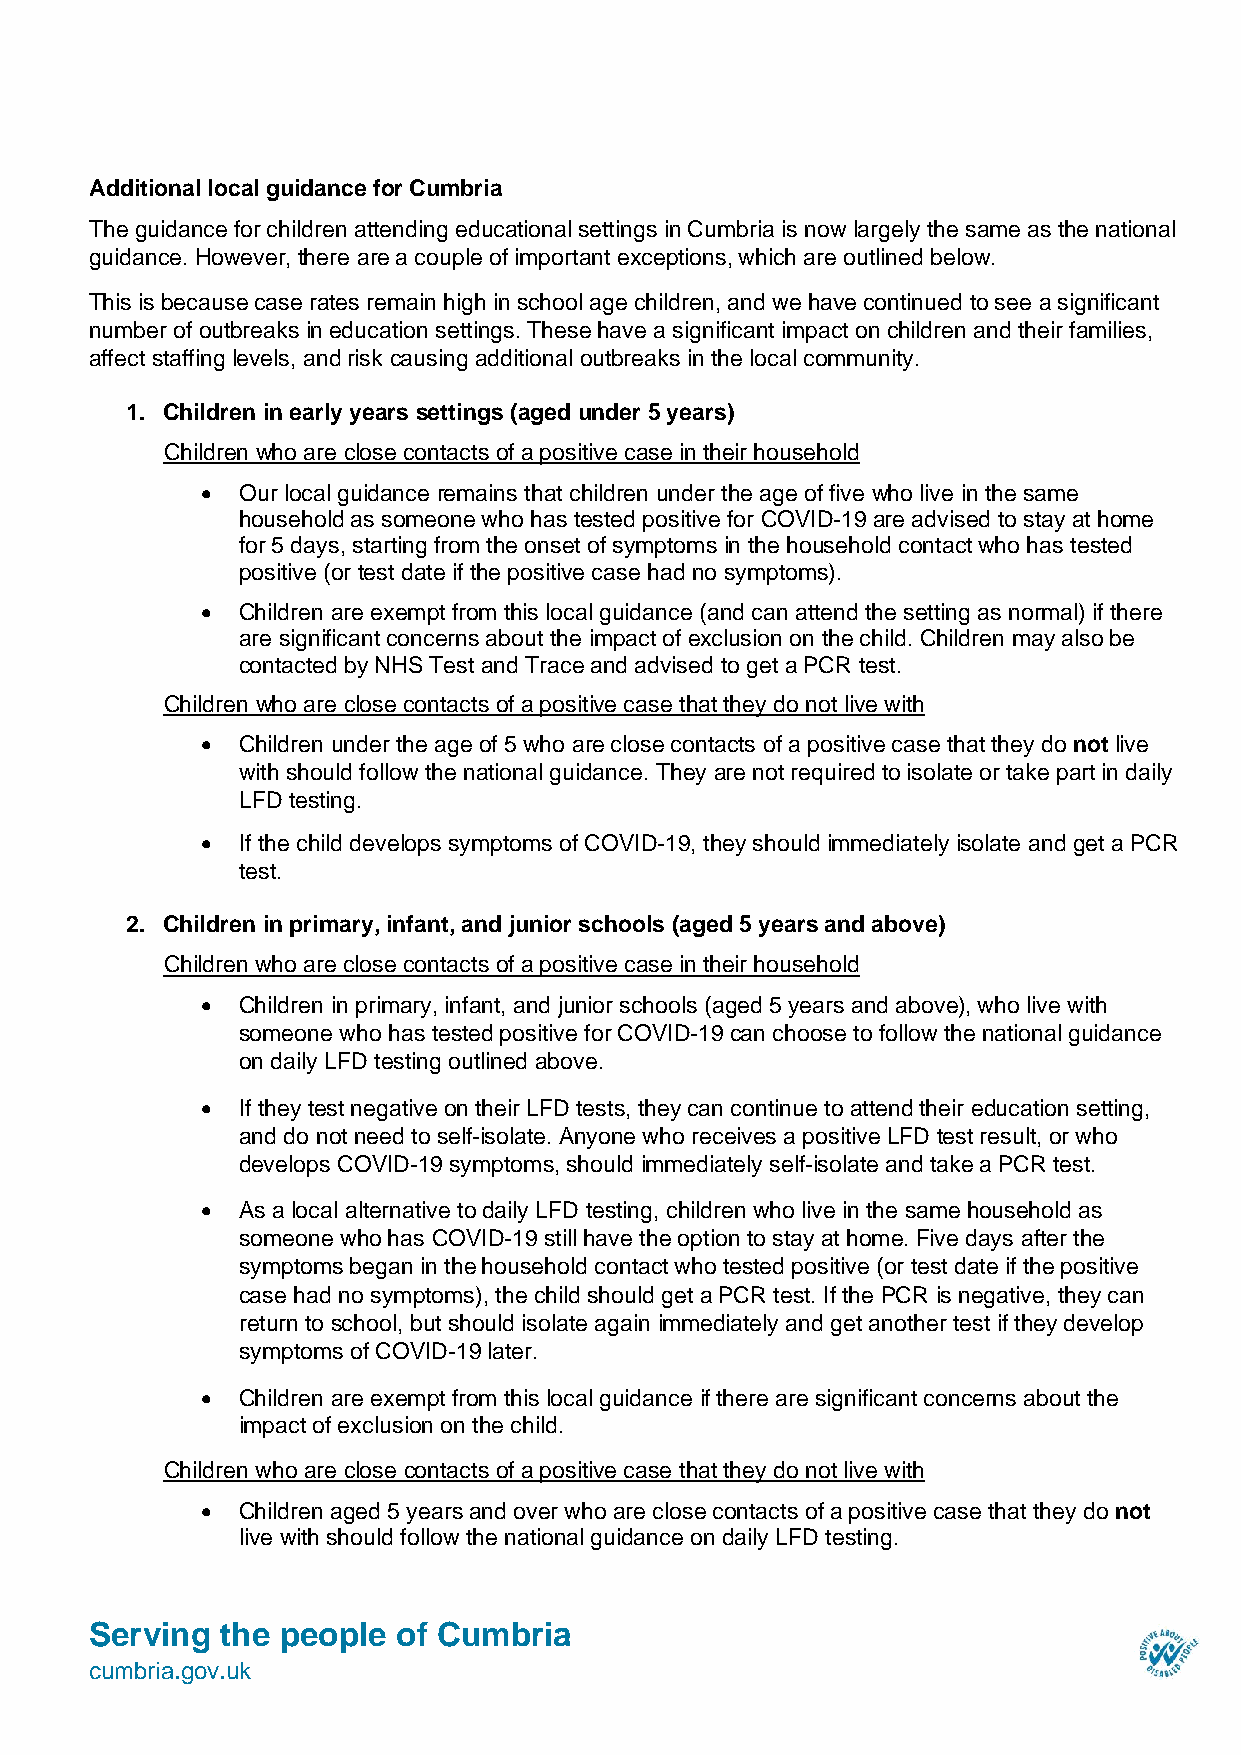
Additional local guidance for Cumbria
 The guidance for children attending educational settings in Cumbria is now largely the same as the national
 guidance. However, there are a couple of important exceptions, which are outlined below.
 This is because case rates remain high in school age children, and we have continued to see a significant
 number of outbreaks in education settings. These have a significant impact on children and their families,
 affect staffing levels, and risk causing additional outbreaks in the local community.
 1. Children in early years settings (aged under 5 years)
 Children who are close contacts of a positive case in their household
 •  Our local guidance remains that children under the age of five who live in the same
 household as someone who has tested positive for COVID-19 are advised to stay at home
 for 5 days, starting from the onset of symptoms in the household contact who has tested
 positive (or test date if the positive case had no symptoms).
 •  Children are exempt from this local guidance (and can attend the setting as normal) if there
 are significant concerns about the impact of exclusion on the child. Children may also be
 contacted by NHS Test and Trace and advised to get a PCR test.
 Children who are close contacts of a positive case that they do not live with
 •  Children under the age of 5 who are close contacts of a positive case that they do not live
 with should follow the national guidance. They are not required to isolate or take part in daily
 LFD testing.
 •  If the child develops symptoms of COVID-19, they should immediately isolate and get a PCR
 test.
 2. Children in primary, infant, and junior schools (aged 5 years and above)
 Children who are close contacts of a positive case in their household
 •  Children in primary, infant, and junior schools (aged 5 years and above), who live with
 someone who has tested positive for COVID-19 can choose to follow the national guidance
 on daily LFD testing outlined above.
 •  If they test negative on their LFD tests, they can continue to attend their education setting,
 and do not need to self-isolate. Anyone who receives a positive LFD test result, or who
 develops COVID-19 symptoms, should immediately self-isolate and take a PCR test.
 •  As a local alternative to daily LFD testing, children who live in the same household as
 someone who has COVID-19 still have the option to stay at home. Five days after the
 symptoms began in the household contact who tested positive (or test date if the positive
 case had no symptoms), the child should get a PCR test. If the PCR is negative, they can
 return to school, but should isolate again immediately and get another test if they develop
 symptoms of COVID-19 later.
 •  Children are exempt from this local guidance if there are significant concerns about the
 impact of exclusion on the child.
 Children who are close contacts of a positive case that they do not live with
 •  Children aged 5 years and over who are close contacts of a positive case that they do not
 live with should follow the national guidance on daily LFD testing.
 Serving  the people of Cumbria
 cumbria.gov.uk